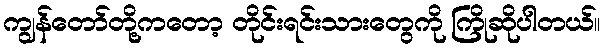
ကျွန်တော်တို့ကတော့ တိုင်းရင်းသားတွေကို ကြိုဆိုပါတယ်။